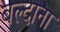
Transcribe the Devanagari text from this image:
बल्दाना